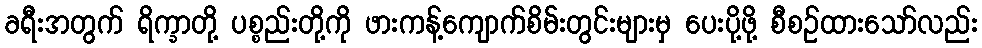
ခရီးအတွက် ရိက္ခာတို့ ပစ္စည်းတို့ကို ဖားကန့်ကျောက်စိမ်းတွင်းများမှ ပေးပို့ဖို့ စီစဉ်ထားသော်လည်း